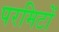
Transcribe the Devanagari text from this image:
परमिटों